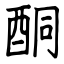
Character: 酮